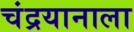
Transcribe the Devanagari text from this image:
चंद्रयानाला